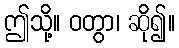
ဤသို့။ ဝတွာ၊ ဆို၍။